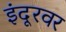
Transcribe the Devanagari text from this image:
इंदूरवर